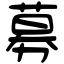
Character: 募